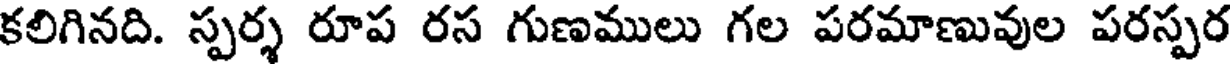
కలిగినది. స్పర్శ రూప రస గుణములు గల పరమాణువుల పరస్పర